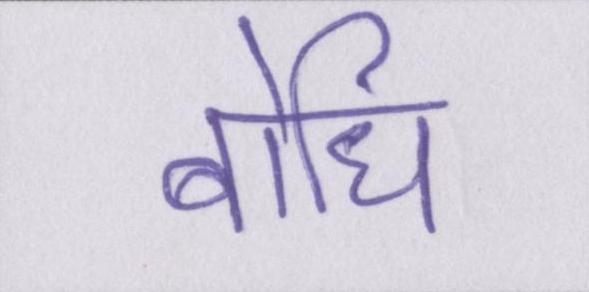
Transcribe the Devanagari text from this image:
बोधि